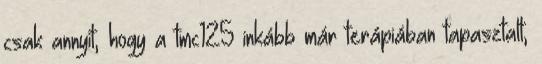
csak annyit, hogy a tmc125 inkább már terápiában tapasztalt,